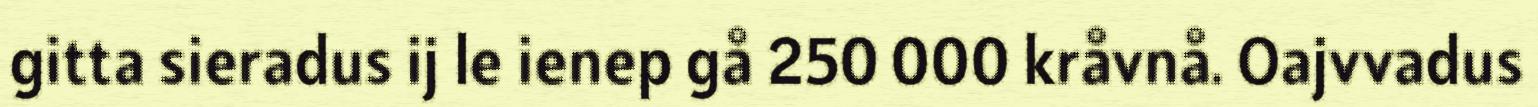
gitta sieradus ij le ienep gå 250 000 kråvnå. Oajvvadus